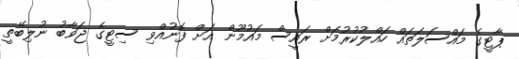
ޕާޓީގެ މައްސަލަތައް ހައްލުކުރުމަށް ރައީސް މައުމޫން އަށް ފޮނުއްވި ސިޓީގެ ޖަވާބު ނުލިބޭތީ